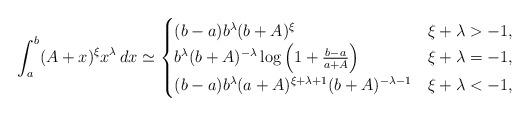
LaTeX: \begin{align*} \int_a^{b} (A + x)^{\xi} x^{\lambda} \, dx \simeq\begin{cases}(b-a) b^{\lambda} (b+ A)^{\xi} & \xi + \lambda > -1,\\b^{\lambda} (b+ A)^{-\lambda } \log \Big( 1 + \frac{b-a}{a+A} \Big) & \xi + \lambda = -1,\\(b-a) b^{\lambda} (a + A)^{\xi + \lambda + 1} (b + A)^{- \lambda - 1} & \xi + \lambda < -1,\end{cases}\end{align*}